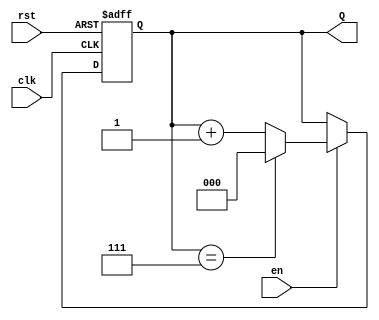
module binary_up_counter (
    input wire clk,        // Clock signal
    input wire rst,        // Asynchronous reset signal
    input wire en,         // Enable signal
    output reg [2:0] Q     // 3-bit output count
);

// Always block triggered on the rising edge of the clock or reset
always @(posedge clk or posedge rst) begin
    if (rst) begin
        // Reset the counter to 0
        Q <= 3'b000;
    end else if (en) begin
        // Increment the counter if enabled
        if (Q == 3'b111) begin
            Q <= 3'b000; // Wrap around to 0
        end else begin
            Q <= Q + 1;  // Increment the counter
        end
    end
end

endmodule